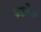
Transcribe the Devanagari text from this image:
कटबैक